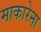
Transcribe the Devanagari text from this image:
माकारेना